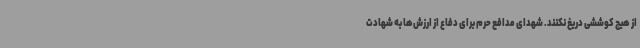
از هیچ کوششی دریغ نکنند. شهدای مدافع حرم برای دفاع از ارزش‌ها به شهادت